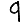
Digit: 9